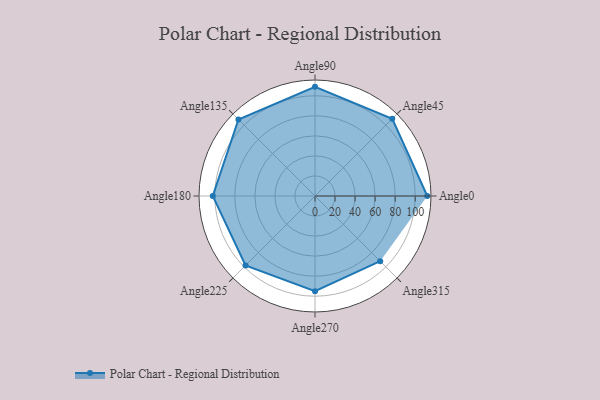
{"axis": {"x": "Angle", "y": "Radius"}, "legend": [""], "data": [{"x": "Angle0", "y": 112.0, "type": ""}, {"x": "Angle45", "y": 109.0, "type": ""}, {"x": "Angle90", "y": 109.0, "type": ""}, {"x": "Angle135", "y": 108.0, "type": ""}, {"x": "Angle180", "y": 102.0, "type": ""}, {"x": "Angle225", "y": 98.0, "type": ""}, {"x": "Angle270", "y": 95.0, "type": ""}, {"x": "Angle315", "y": 92.0, "type": ""}]}